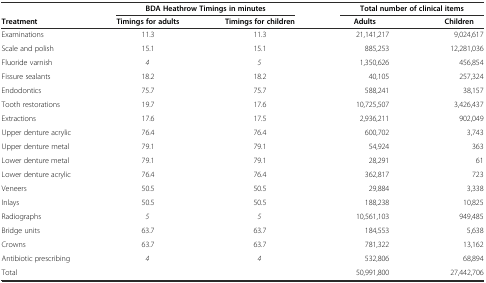
|  | <COLSPAN=2> BDA Heathrow Timings in minutes | <COLSPAN=2> Total number of clinical items |
 | Treatment | Timings for adults | Timings for children | Adults | Children |
 | --- | --- | --- | --- | --- |
 | Examinations | 11.3 | 11.3 | 21,141,217 | 9,024,617 |
 | Scale and polish | 15.1 | 15.1 | 885,253 | 12,281,036 |
 | Fluoride varnish | 4 | 5 | 1,350,626 | 456,854 |
 | Fissure sealants | 18.2 | 18.2 | 40,105 | 257,324 |
 | Endodontics | 75.7 | 75.7 | 588,241 | 38,157 |
 | Tooth restorations | 19.7 | 17.6 | 10,725,507 | 3,426,437 |
 | Extractions | 17.6 | 17.5 | 2,936,211 | 902,049 |
 | Upper denture acrylic | 76.4 | 76.4 | 600,702 | 3,743 |
 | Upper denture metal | 79.1 | 79.1 | 54,924 | 363 |
 | Lower denture metal | 79.1 | 79.1 | 28,291 | 61 |
 | Lower denture acrylic | 76.4 | 76.4 | 362,817 | 723 |
 | Veneers | 50.5 | 50.5 | 29,884 | 3,338 |
 | Inlays | 50.5 | 50.5 | 188,238 | 10,825 |
 | Radiographs | 5 | 5 | 10,561,103 | 949,485 |
 | Bridge units | 63.7 | 63.7 | 184,553 | 5,638 |
 | Crowns | 63.7 | 63.7 | 781,322 | 13,162 |
 | Antibiotic prescribing | 4 | 4 | 532,806 | 68,894 |
 | Total |  |  | 50,991,800 | 27,442,706 |